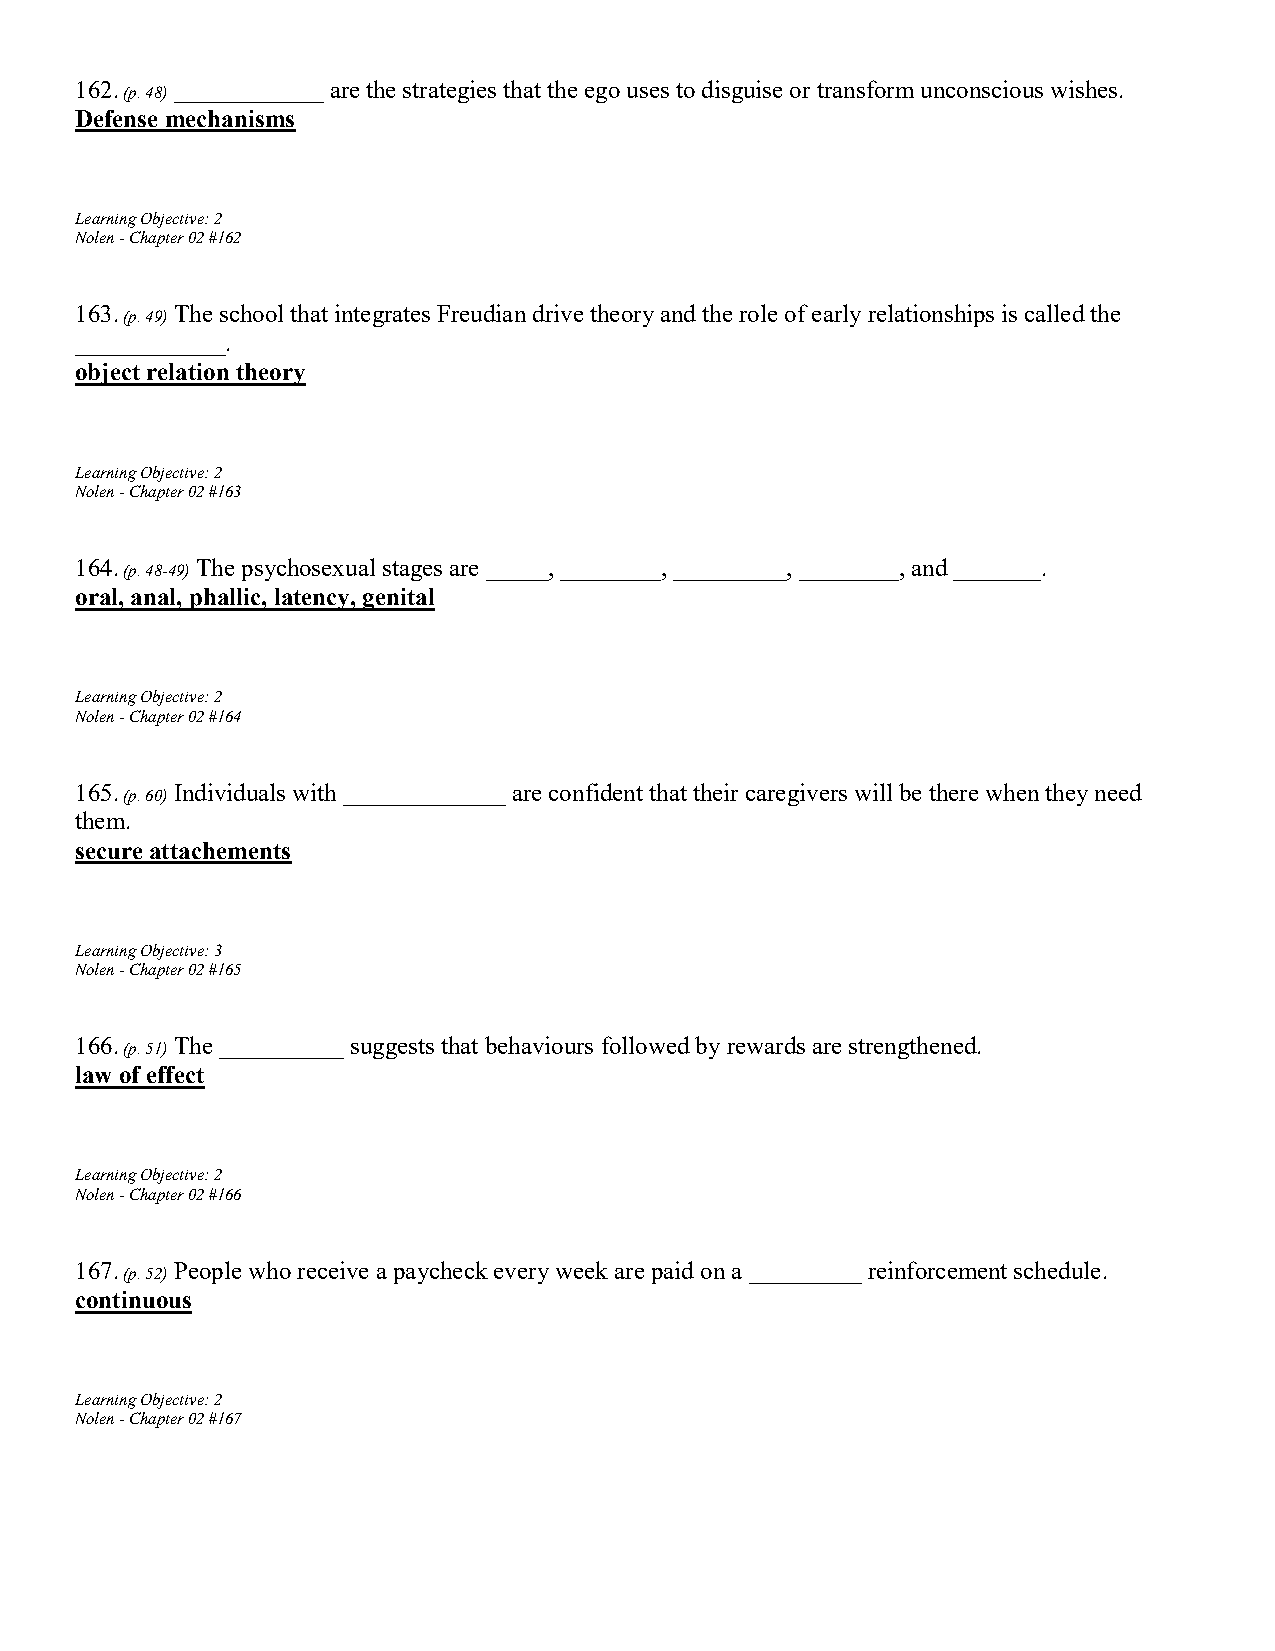
162.   ____________ are the strategies that the ego uses to disguise or transform unconscious wishes.
 (p. 48)
 Defense mechanisms
 Learning Objective: 2
 Nolen - Chapter 02 #162
 163.   The school that integrates Freudian drive theory and the role of early relationships is called the
 (p. 49)
 ____________.
 object relation theory
 Learning Objective: 2
 Nolen - Chapter 02 #163
 164.    The psychosexual stages are _____, ________, _________, ________, and _______.
 (p. 48-49)
 oral, anal, phallic, latency, genital
 Learning Objective: 2
 Nolen - Chapter 02 #164
 165.   Individuals with _____________ are confident that their caregivers will be there when they need
 (p. 60)
 them.
 secure attachements
 Learning Objective: 3
 Nolen - Chapter 02 #165
 166.   The __________ suggests that behaviours followed by rewards are strengthened.
 (p. 51)
 law of effect
 Learning Objective: 2
 Nolen - Chapter 02 #166
 167.   People who receive a paycheck every week are paid on a _________ reinforcement schedule.
 (p. 52)
 continuous
 Learning Objective: 2
 Nolen - Chapter 02 #167